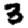
Digit: 3